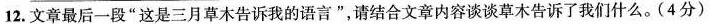
12. 文章最后一段”这是三月草木告诉我的语言”，请结合文章内容谈谈草木告诉了我们什么。(4分)